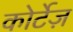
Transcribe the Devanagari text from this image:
कोर्टेज़